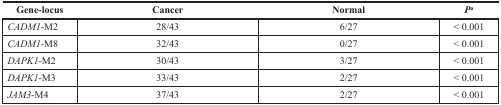
| Gene-locus | Cancer | Normal | Pa |
 | --- | --- | --- | --- |
 | CADM1-M2 | 28/43 | 6/27 | < 0.001 |
 | CADM1-M8 | 32/43 | 0/27 | < 0.001 |
 | DAPK1-M2 | 30/43 | 3/27 | < 0.001 |
 | DAPK1-M3 | 33/43 | 2/27 | < 0.001 |
 | JAM3-M4 | 37/43 | 2/27 | < 0.001 |